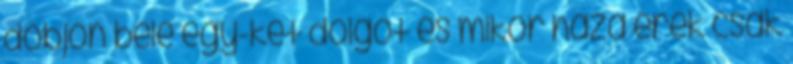
dobjon bele egy-két dolgot és mikor haza érek csak